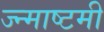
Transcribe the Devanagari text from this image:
ज्न्माष्टमी